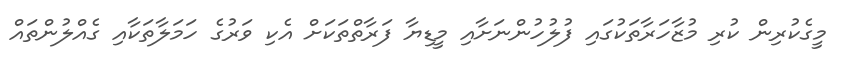
މީގެކުރިން ކުރި މުޒާހަރާތަކުގައި ފުލުހުންނަށާއި މީޑިޔާ ފަރާތްތަކަށް އެކި ވަރުގެ ހަމަލާތަކާއި ގެއްލުންތައް